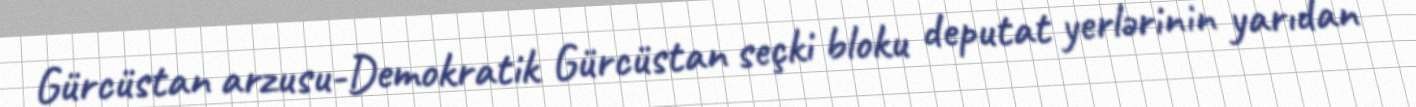
Gürcüstan arzusu-Demokratik Gürcüstan seçki bloku deputat yerlərinin yarıdan